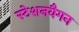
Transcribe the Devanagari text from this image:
स्टेशनवैगन